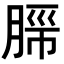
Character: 𬛂